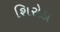
શિરોડા